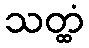
သတ္ထံ